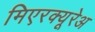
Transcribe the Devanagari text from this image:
मिएरक्यूरेअ